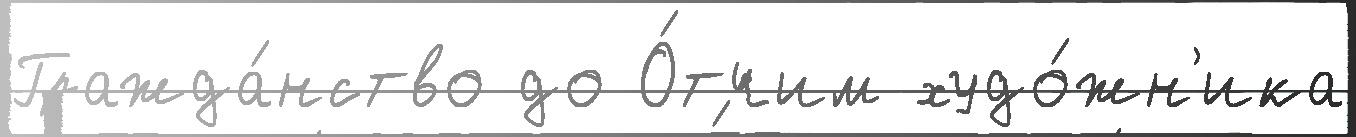
Гражда́нство до О́тчим худо́жн'ика